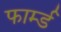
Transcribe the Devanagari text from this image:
फार्म्ड